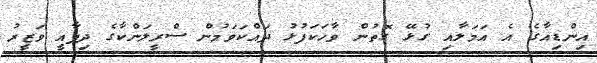
އިންޑިއާގެ އެ އަމަލާއި ގުޅޭ ގޮތުން ވާހަކަފުޅު ދައްކަވަމުން ސްރީލަންކާގެ ދިފާއީ ވަޒީރު